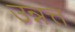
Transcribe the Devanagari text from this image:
उन्नत्त